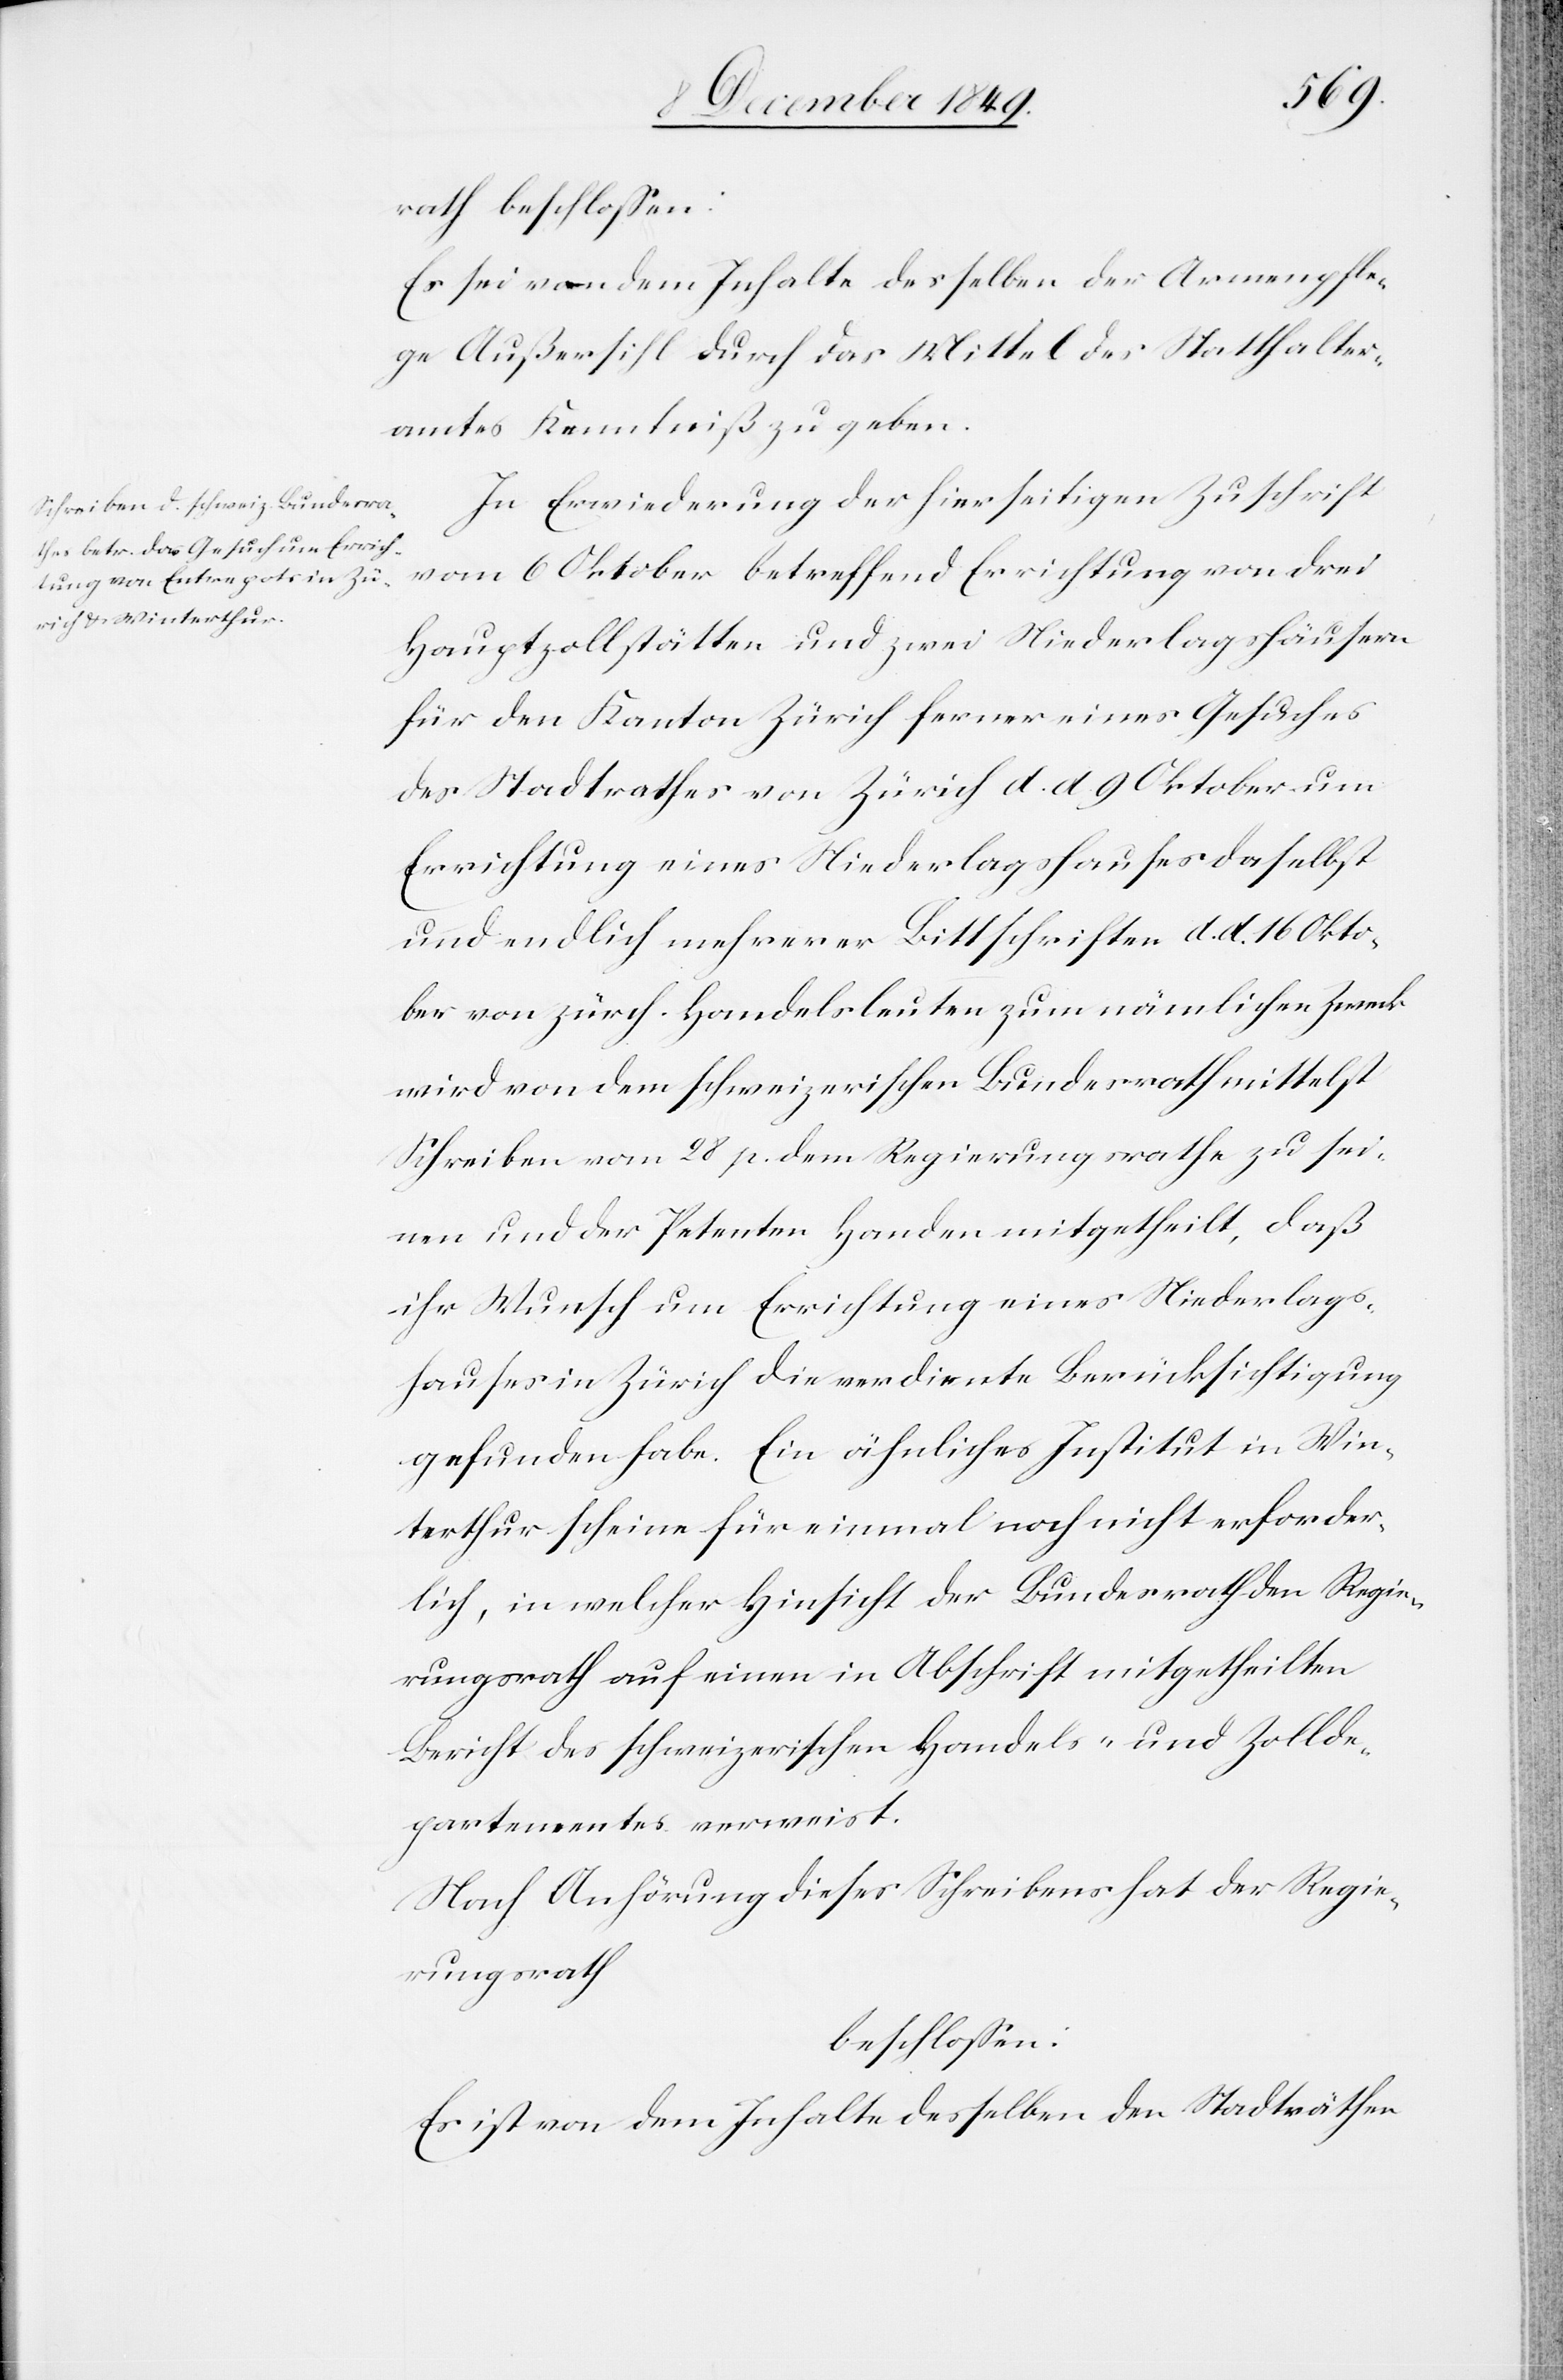
rath beschloßen:
Es sei von dem Inhalte desselben der Armenpfle¬
ge Außersihl durch das Mittel des Statthalter¬
amtes Kenntniß zu geben.
In Erwiederung der hierseitigen Zuschrift
vom 6 Oktober betreffend Errichtung von drei
Hauptzollstätten und zwei Niederlagshäusern
für den Kanton Zürich ferner eines Gesuches
des Stadtrathes von Zürich d. d. 9 Oktober um
Errichtung eines Niederlagshauses daselbst
und endlich mehrerer Bittschreiben d. d. 16 Okto¬
ber von zürch. Handelsleuten zum nämlichen Zwecke
wird von dem schweizerischen Bundesrath mittelst
Schreiben vom 28 p. dem Regierungsrathe zu sei¬
nen und der Petenten Handen mitgetheilt, daß
ihr Wunsch um Errichtung eines Niederlags¬
hauses in Zürich die verdiente Berücksichtigung
gefunden habe. Ein ähnliches Institut in Win¬
terthur scheine für einmal noch nicht erforder¬
lich, in welcher Hinsicht der Bundesrath den Regie¬
rungsrath auf einen in Abschrift mitgetheilten
Bericht des schweizerischen Handels- und Zollde¬
partementes verweist.
Nach Anhörung dieses Schreibens hat der Regie¬
rungsrath
beschloßen:
Es ist von dem Inhalte desselben den Stadträthen